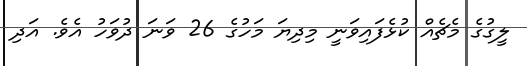
ލީގުގެ މެޗެއް ކުޅެފައިވަނީ މިދިޔަ މަހުގެ 26 ވަނަ ދުވަހު އެވެ. އަދި